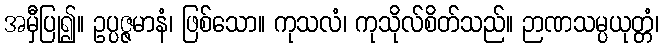
အမှီပြု၍။ ဥပ္ပဇ္ဇမာနံ၊ ဖြစ်သော။ ကုသလံ၊ ကုသိုလ်စိတ်သည်။ ဉာဏသမ္ပယုတ္တံ၊